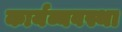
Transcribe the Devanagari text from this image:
कार्यव्यवस्था